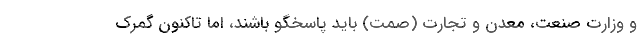
و وزارت صنعت، معدن و تجارت (صمت) باید پاسخگو باشند، اما تاکنون گمرک